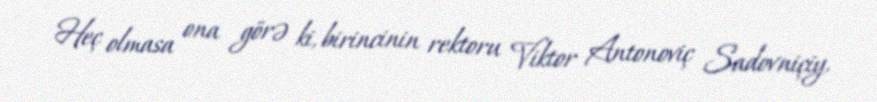
Heç olmasa ona görə ki, birincinin rektoru Viktor Antonoviç Sadovniçiy,